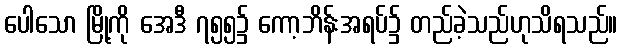
ပေါသော မြို့ကို အေဒီ ၇၅၅၌ ကော့ဘိန်းအရပ်၌ တည်ခဲ့သည်ဟုသိရသည်။